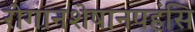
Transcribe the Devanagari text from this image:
रोगानशेषानपहंसि